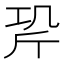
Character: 𭤡